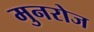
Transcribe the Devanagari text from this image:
मुनरोज